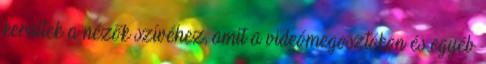
kerültek a nézők szívéhez, amit a videómegosztókon és egyéb